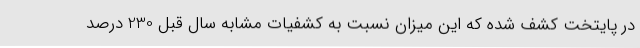
در پایتخت کشف شده که این میزان نسبت به کشفیات مشابه سال قبل 230 درصد